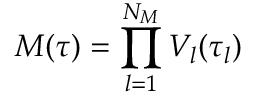
\ensuremath { M ( \tau ) } = \prod _ { l = 1 } ^ { N _ { M } } V _ { l } ( \tau _ { l } )